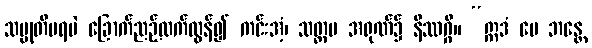
သမ္မုတိမရပဲ ခြောက်ညဉ့်ထက်လွန်၍ ကင်းအံ့၊ သတ္တမ အရုဏ်၌ နိဿဂ္ဂိ။ “ဣဒံ မေ ဘန္တေ